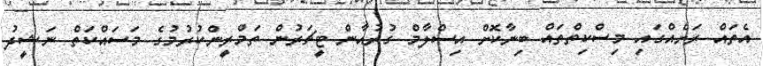
އެތައް ރަށެއްގައި މިސްކިތްތައް ބިނާކޮށް އިސްލާމް ގުރުއާން ޓީޗަރުން ތަމްރީންކުރުމުގެ މަސައްކަތް ނަޝީދު